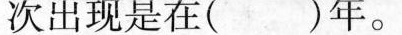
次出现是在( )年。